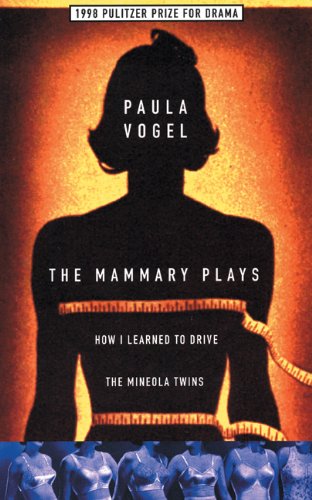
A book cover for The Mammary Plays: Two Plays; Paula Vogel; Literature & Fiction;